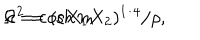
\Omega ^ { 2 } = ( c X _ { 1 } X _ { 2 } ) ^ { 1 / 4 } / \rho , \hspace { 1 c m } c = \cosh m